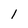
Character: I